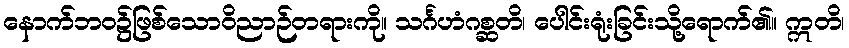
နောက်ဘဝ၌ဖြစ်သောဝိညာဉ်တရားကို။ သင်္ဂဟံဂစ္ဆတိ၊ ပေါင်းရုံးခြင်းသို့ရောက်၏။ ဣတိ၊